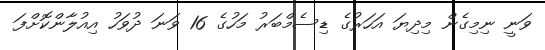
ވަނީ ނިމިގެން މިދިޔަ އަހަރުގެ ޑިސެމްބަރު މަހުގެ 16 ވަނަ ދުވަހު އިއުލާންކޮށްފަ